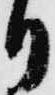
り